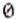
0